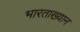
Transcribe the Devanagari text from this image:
भारताख्यान